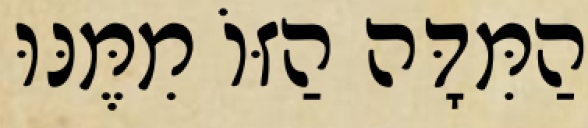
הַמִּדָּה הַזּוֹ מִמֶּנּוּ